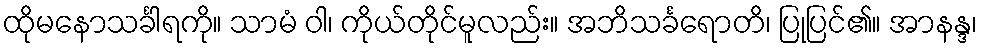
ထိုမနောသင်္ခါရကို။ သာမံ ဝါ၊ ကိုယ်တိုင်မူလည်း။ အဘိသင်္ခရောတိ၊ ပြုပြင်၏။ အာနန္ဒ၊